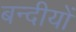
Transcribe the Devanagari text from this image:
बन्दीयों